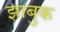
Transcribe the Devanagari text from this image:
झाबुक